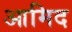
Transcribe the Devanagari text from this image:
आमिद